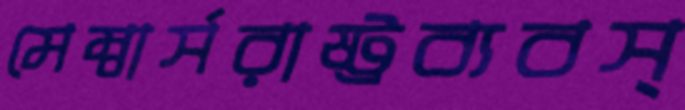
মেম্বার্সরাষ্ট্রব্যবস্